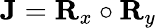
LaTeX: \mathbf{J}=\mathbf{R}_{x}\circ\mathbf{R}_{y}